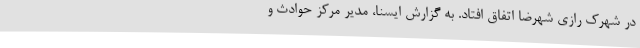
در شهرک رازی شهرضا اتفاق افتاد. به گزارش ایسنا، مدیر مرکز حوادث و